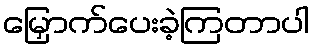
မြှောက်ပေးခဲ့ကြတာပါ